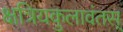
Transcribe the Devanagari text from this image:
क्षत्रियकुलावंतस्